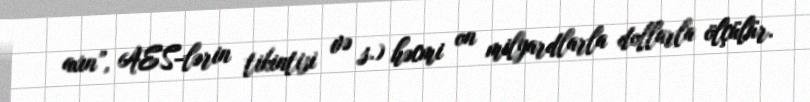
axın”, AES-lərin tikintisi və s.) həcmi on milyardlarla dollarla ölçülür.